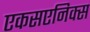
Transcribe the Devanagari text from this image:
एकसएनिक्स